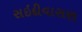
સઇદીવાસણ